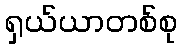
ရှယ်ယာတစ်စု